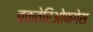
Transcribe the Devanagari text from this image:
बक्तेरिओफगेस